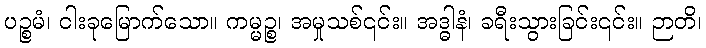
ပဉ္စမံ၊ ငါးခုမြောက်သော။ ကမ္မဉ္စ၊ အမှုသစ်၎င်း။ အဒ္ဓါနံ၊ ခရီးသွားခြင်း၎င်း။ ဉာတိ၊